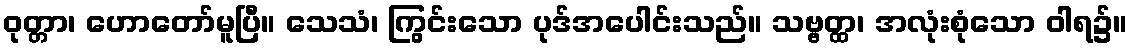
ဝုတ္တာ၊ ဟောတော်မူပြီ။ သေသံ၊ ကြွင်းသော ပုဒ်အပေါင်းသည်။ သဗ္ဗတ္ထ၊ အလုံးစုံသော ဝါရ၌။